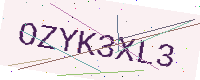
Text: OZYK3XL3